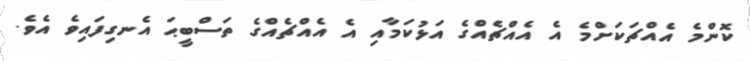
ކޮންމެ އެއްޗަކަށްމެ އެ އެއްޗެއްގެ އަޅުކަމާއި އެ އެއްޗެއްގެ ތަސްބީޙަ އެނގިފައިވެ އެވެ.